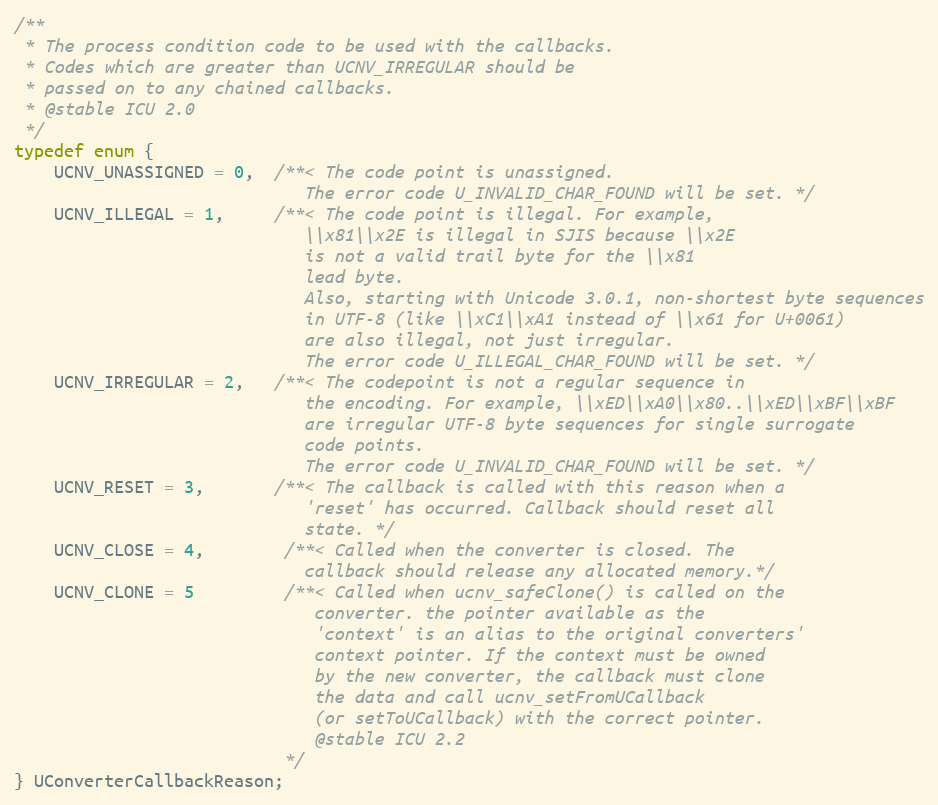
Language: C
/**
 * The process condition code to be used with the callbacks.
 * Codes which are greater than UCNV_IRREGULAR should be
 * passed on to any chained callbacks.
 * @stable ICU 2.0
 */
typedef enum {
    UCNV_UNASSIGNED = 0,  /**< The code point is unassigned.
                             The error code U_INVALID_CHAR_FOUND will be set. */
    UCNV_ILLEGAL = 1,     /**< The code point is illegal. For example,
                             \\x81\\x2E is illegal in SJIS because \\x2E
                             is not a valid trail byte for the \\x81
                             lead byte.
                             Also, starting with Unicode 3.0.1, non-shortest byte sequences
                             in UTF-8 (like \\xC1\\xA1 instead of \\x61 for U+0061)
                             are also illegal, not just irregular.
                             The error code U_ILLEGAL_CHAR_FOUND will be set. */
    UCNV_IRREGULAR = 2,   /**< The codepoint is not a regular sequence in
                             the encoding. For example, \\xED\\xA0\\x80..\\xED\\xBF\\xBF
                             are irregular UTF-8 byte sequences for single surrogate
                             code points.
                             The error code U_INVALID_CHAR_FOUND will be set. */
    UCNV_RESET = 3,       /**< The callback is called with this reason when a
                             'reset' has occurred. Callback should reset all
                             state. */
    UCNV_CLOSE = 4,        /**< Called when the converter is closed. The
                             callback should release any allocated memory.*/
    UCNV_CLONE = 5         /**< Called when ucnv_safeClone() is called on the
                              converter. the pointer available as the
                              'context' is an alias to the original converters'
                              context pointer. If the context must be owned
                              by the new converter, the callback must clone
                              the data and call ucnv_setFromUCallback
                              (or setToUCallback) with the correct pointer.
                              @stable ICU 2.2
                           */
} UConverterCallbackReason;